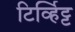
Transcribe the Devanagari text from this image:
टिर्व्हिट्ट